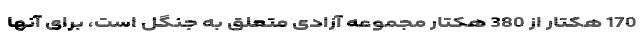
170 هکتار از 380 هکتار مجموعه آزادی متعلق به جنگل است، برای آنها